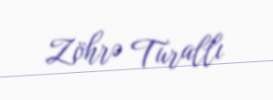
Zöhrə Turallı